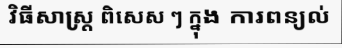
វិធីសាស្ត្រ ពិសេស ៗ ក្នុង ការពន្យល់